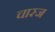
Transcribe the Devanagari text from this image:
चारज